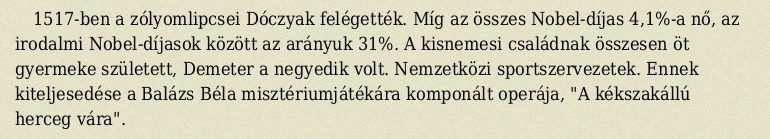
1517-ben a zólyomlipcsei Dóczyak felégették. Míg az összes Nobel-díjas 4,1%-a nő, az irodalmi Nobel-díjasok között az arányuk 31%. A kisnemesi családnak összesen öt gyermeke született, Demeter a negyedik volt. Nemzetközi sportszervezetek. Ennek kiteljesedése a Balázs Béla misztériumjátékára komponált operája, "A kékszakállú herceg vára".